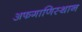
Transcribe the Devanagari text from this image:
अफगाणिस्थान